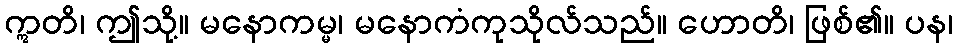
ဣတိ၊ ဤသို့။ မနောကမ္မ၊ မနောကံကုသိုလ်သည်။ ဟောတိ၊ ဖြစ်၏။ ပန၊